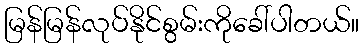
မြန်မြန်လုပ်နိုင်စွမ်းကိုခေါ်ပါတယ်။